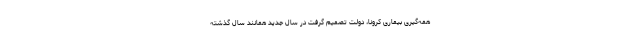
همه‌گیری بیماری کرونا، دولت تصمیم گرفت در سال جدید همانند سال گذشته